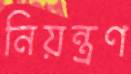
নিয়ন্ত্রণ